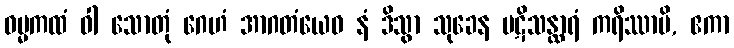
ဓမ္မကထံ ဝါ သောတုံ ဂေဟံ အာဂတံယေဝ နံ ဒိသွာ သုခေန ပဋိသန္ထာရံ ကရိဿာမိ, ဧကာ